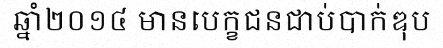
ឆ្នាំ២០១៤ មានបេក្ខជនជាប់បាក់ឌុប